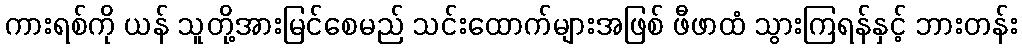
ကားရစ်ကို ယန် သူတို့အားမြင်စေမည် သင်းထောက်များအဖြစ် ဖီဖာထံ သွားကြရန်နှင့် ဘားတန်း